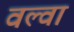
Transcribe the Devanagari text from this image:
वल्वा